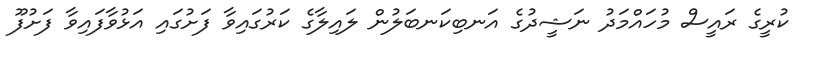
ކުރީގެ ރައީސް މުހައްމަދު ނަޝީދުގެ އަނބިކަނބަލުން ލައިލާގެ ކަރުގައިވާ ފަށުގައި އަޅުވާފައިވާ ފަށުފޫ